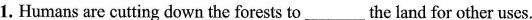
1.Humans are cutting down the forests to___the land for other uses.